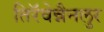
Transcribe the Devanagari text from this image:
तिरॅवेन्नैनलुर